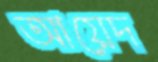
আয়েদ